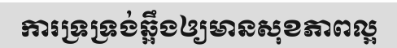
ការទ្រទ្រង់ឆ្អឹងឲ្យមានសុខភាពល្អ